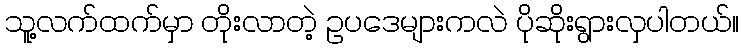
သူ့လက်ထက်မှာ တိုးလာတဲ့ ဥပဒေများကလဲ ပိုဆိုးရွားလှပါတယ်။